Annual report of the Punjab Veterinary College and of the Civil Veterinary Department, Punjab - 1926-1932
Year: 1926
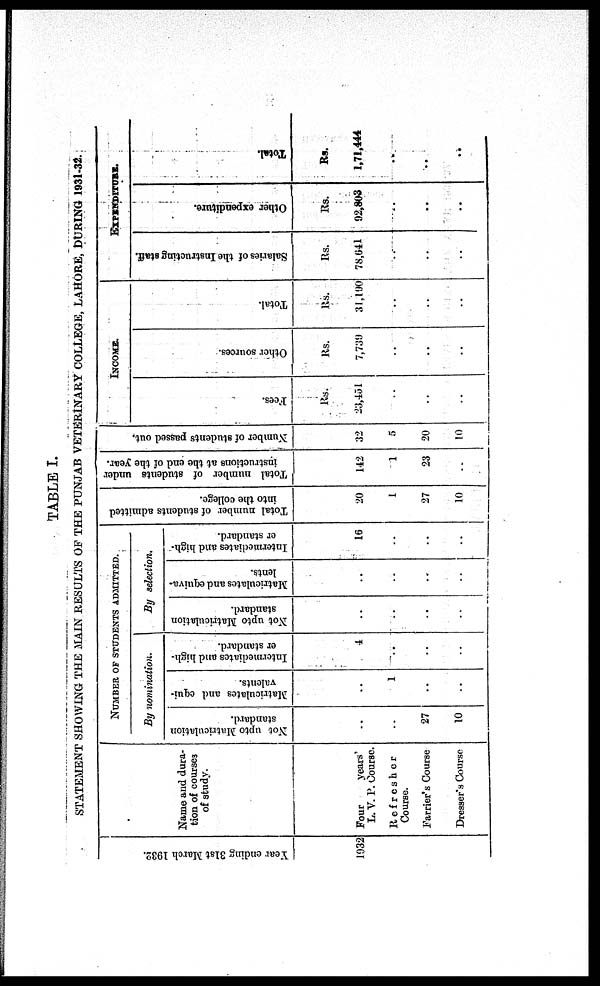
TABLE I.
STATEMENT SHOWING THE MAIN RESULTS OF THE PUNJAB VETERINARY COLLEGE, LAHORE, DURING 1931-32.
Year endi ng 31st March 1932.
1932
Name and dura-
tion of courses
of study.
Four
years'
L. V. P. Course.
Refresher
Course.
Farrier's Course
Dresser's Course
NUMBER OF STUDENTS ADMITTED.
By nomination.
Not upto Matriculation
standard.
..
..
27
10
Matriculates and equi-
valents.
..
1
..
..
Intermediates and high-
er standard.
4
..
..
..
By selection.
Not upto Matriculation
standard.
..
..
..
..
Matriculates and equiva-
lents.
..
..
..
..
Intermediates
and high-
er standard.
16
..
..
..
Total number of students admitted
into the college.
20
1
27
10
Total number of students under
instructions at the end of the year.
142
1
23
..
Number of students passed out.
32
5
20
10
INCOME.
Fees.
Rs.
23,451
..
..
..
Other sources.
Rs.
7,739
..
..
..
Total.
Rs.
31,190
..
..
..
EXPENDITURE.
Salaries of the Instructing staff.
Rs.
78,641
..
..
..
Other expenditure.
Rs.
92,803
..
..
..
Total.
Rs.
1,71,444
..
..
..